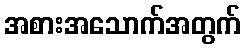
အစားအသောက်အတွက်